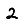
Digit: 2